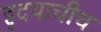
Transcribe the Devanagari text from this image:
हृदयाचीच